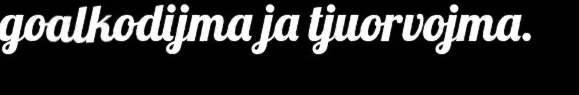
goalkodijma ja tjuorvojma.